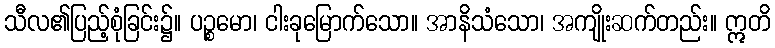
သီလ၏ပြည့်စုံခြင်း၌။ ပဉ္စမော၊ ငါးခုမြောက်သော။ အာနိသံသော၊ အကျိုးဆက်တည်း။ ဣတိ